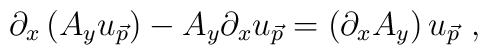
\partial_x \left( A_y u_{\vec{p}} \right) -    A_y \partial_x u_{\vec{p}} =   \left( \partial_x A_y \right) u_{\vec{p}}~,